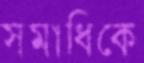
সমাধিকে